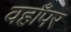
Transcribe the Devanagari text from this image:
वहाँपर